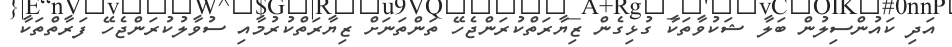
އަދި ކައުންސިލުން ބަލާ ޝަކުވާތަކާ ގުޅިގެން ޒިޔާރަތްކުރަންޖެހޭ ތަންތަނަށް ޒިޔާރަތްކުރުމާއި ސުވާލުކުރަންޖެހޭ ފަރާތްތަކާ